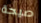
صيحة